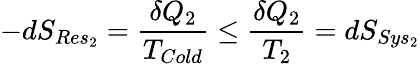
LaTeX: -dS_{Res_{2}}={\frac{\delta Q_{2}}{T_{Cold}}}\leq{\frac{\delta Q_{2}}{T_{2}}}=dS_{Sys_{2}}